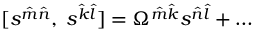
[ s ^ { \hat { m } \hat { n } } , \; s ^ { \hat { k } \hat { l } } ] = \Omega ^ { \hat { m } \hat { k } } s ^ { \hat { n } \hat { l } } + \dots